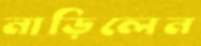
নাড়িলেন